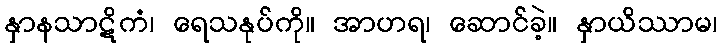
နှာနသာဋိကံ၊ ရေသနုပ်ကို။ အာဟရ၊ ဆောင်ခဲ့။ နှာယိဿာမ၊